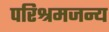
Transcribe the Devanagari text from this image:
परिश्रमजन्य